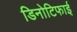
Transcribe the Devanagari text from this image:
डिनोटिफाई